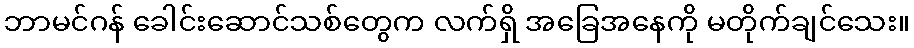
ဘာမင်ဂန် ခေါင်းဆောင်သစ်တွေက လက်ရှိ အခြေအနေကို မတိုက်ချင်သေး။